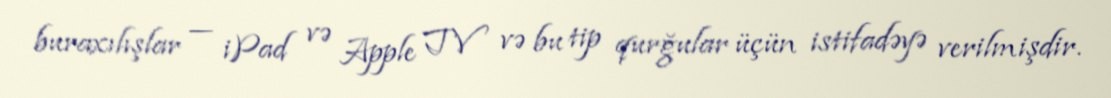
buraxılışlar — iPad və Apple TV və bu tip qurğular üçün istifadəyə verilmişdir.